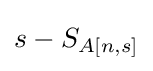
s-S_{A[n,s]}